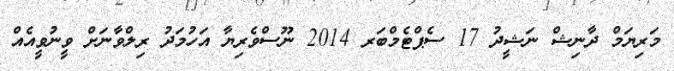
މަރިޔަމް ދާނިޝް ނަޝީދު 17 ސެޕްޓެމްބަރ 2014 ނޫސްވެރިޔާ އަހުމަދު ރިލްވާނަށް ވީނުވީއެއް